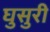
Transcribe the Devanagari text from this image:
घुसुरी